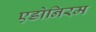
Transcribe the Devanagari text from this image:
एडोनिरम